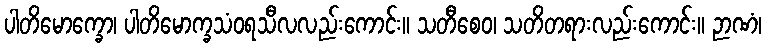
ပါတိမောက္ခော၊ ပါတိမောက္ခသံဝရသီလလည်းကောင်း။ သတီစေဝ၊ သတိတရားလည်းကောင်း။ ဉာဏံ၊